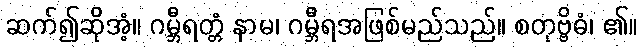
ဆက်၍ဆိုအံ့။ ဂမ္ဘီရတ္တံ နာမ၊ ဂမ္ဘီရအဖြစ်မည်သည်။ စတုဗ္ဗိဓံ၊ ၏။